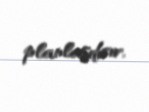
planlaşdırır.